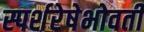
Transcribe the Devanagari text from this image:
स्पर्शरेषेभोवती